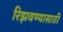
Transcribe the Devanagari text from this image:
रिझवण्यासाठी